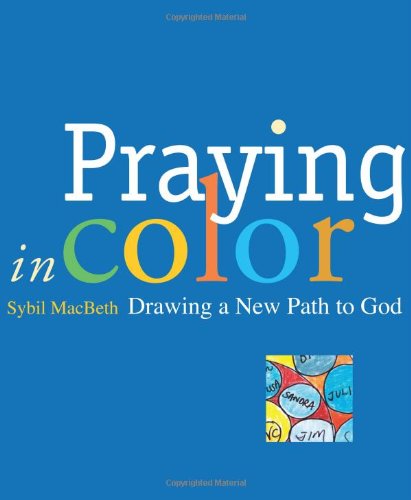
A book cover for Praying in Color: Drawing a New Path to God (Active Prayer Series); Sybil MacBeth; Arts & Photography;